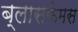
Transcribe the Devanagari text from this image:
ब्लासफेमस